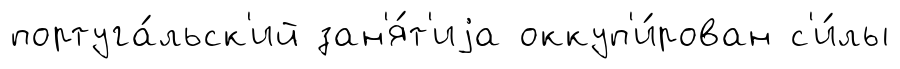
португа́льск'ий зан'я́т'иjа оккуп'и́рован с'и́лы